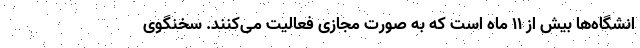
انشگاه‌ها بیش از ۱۱ ماه است که به صورت مجازی فعالیت می‌کنند. سخنگوی